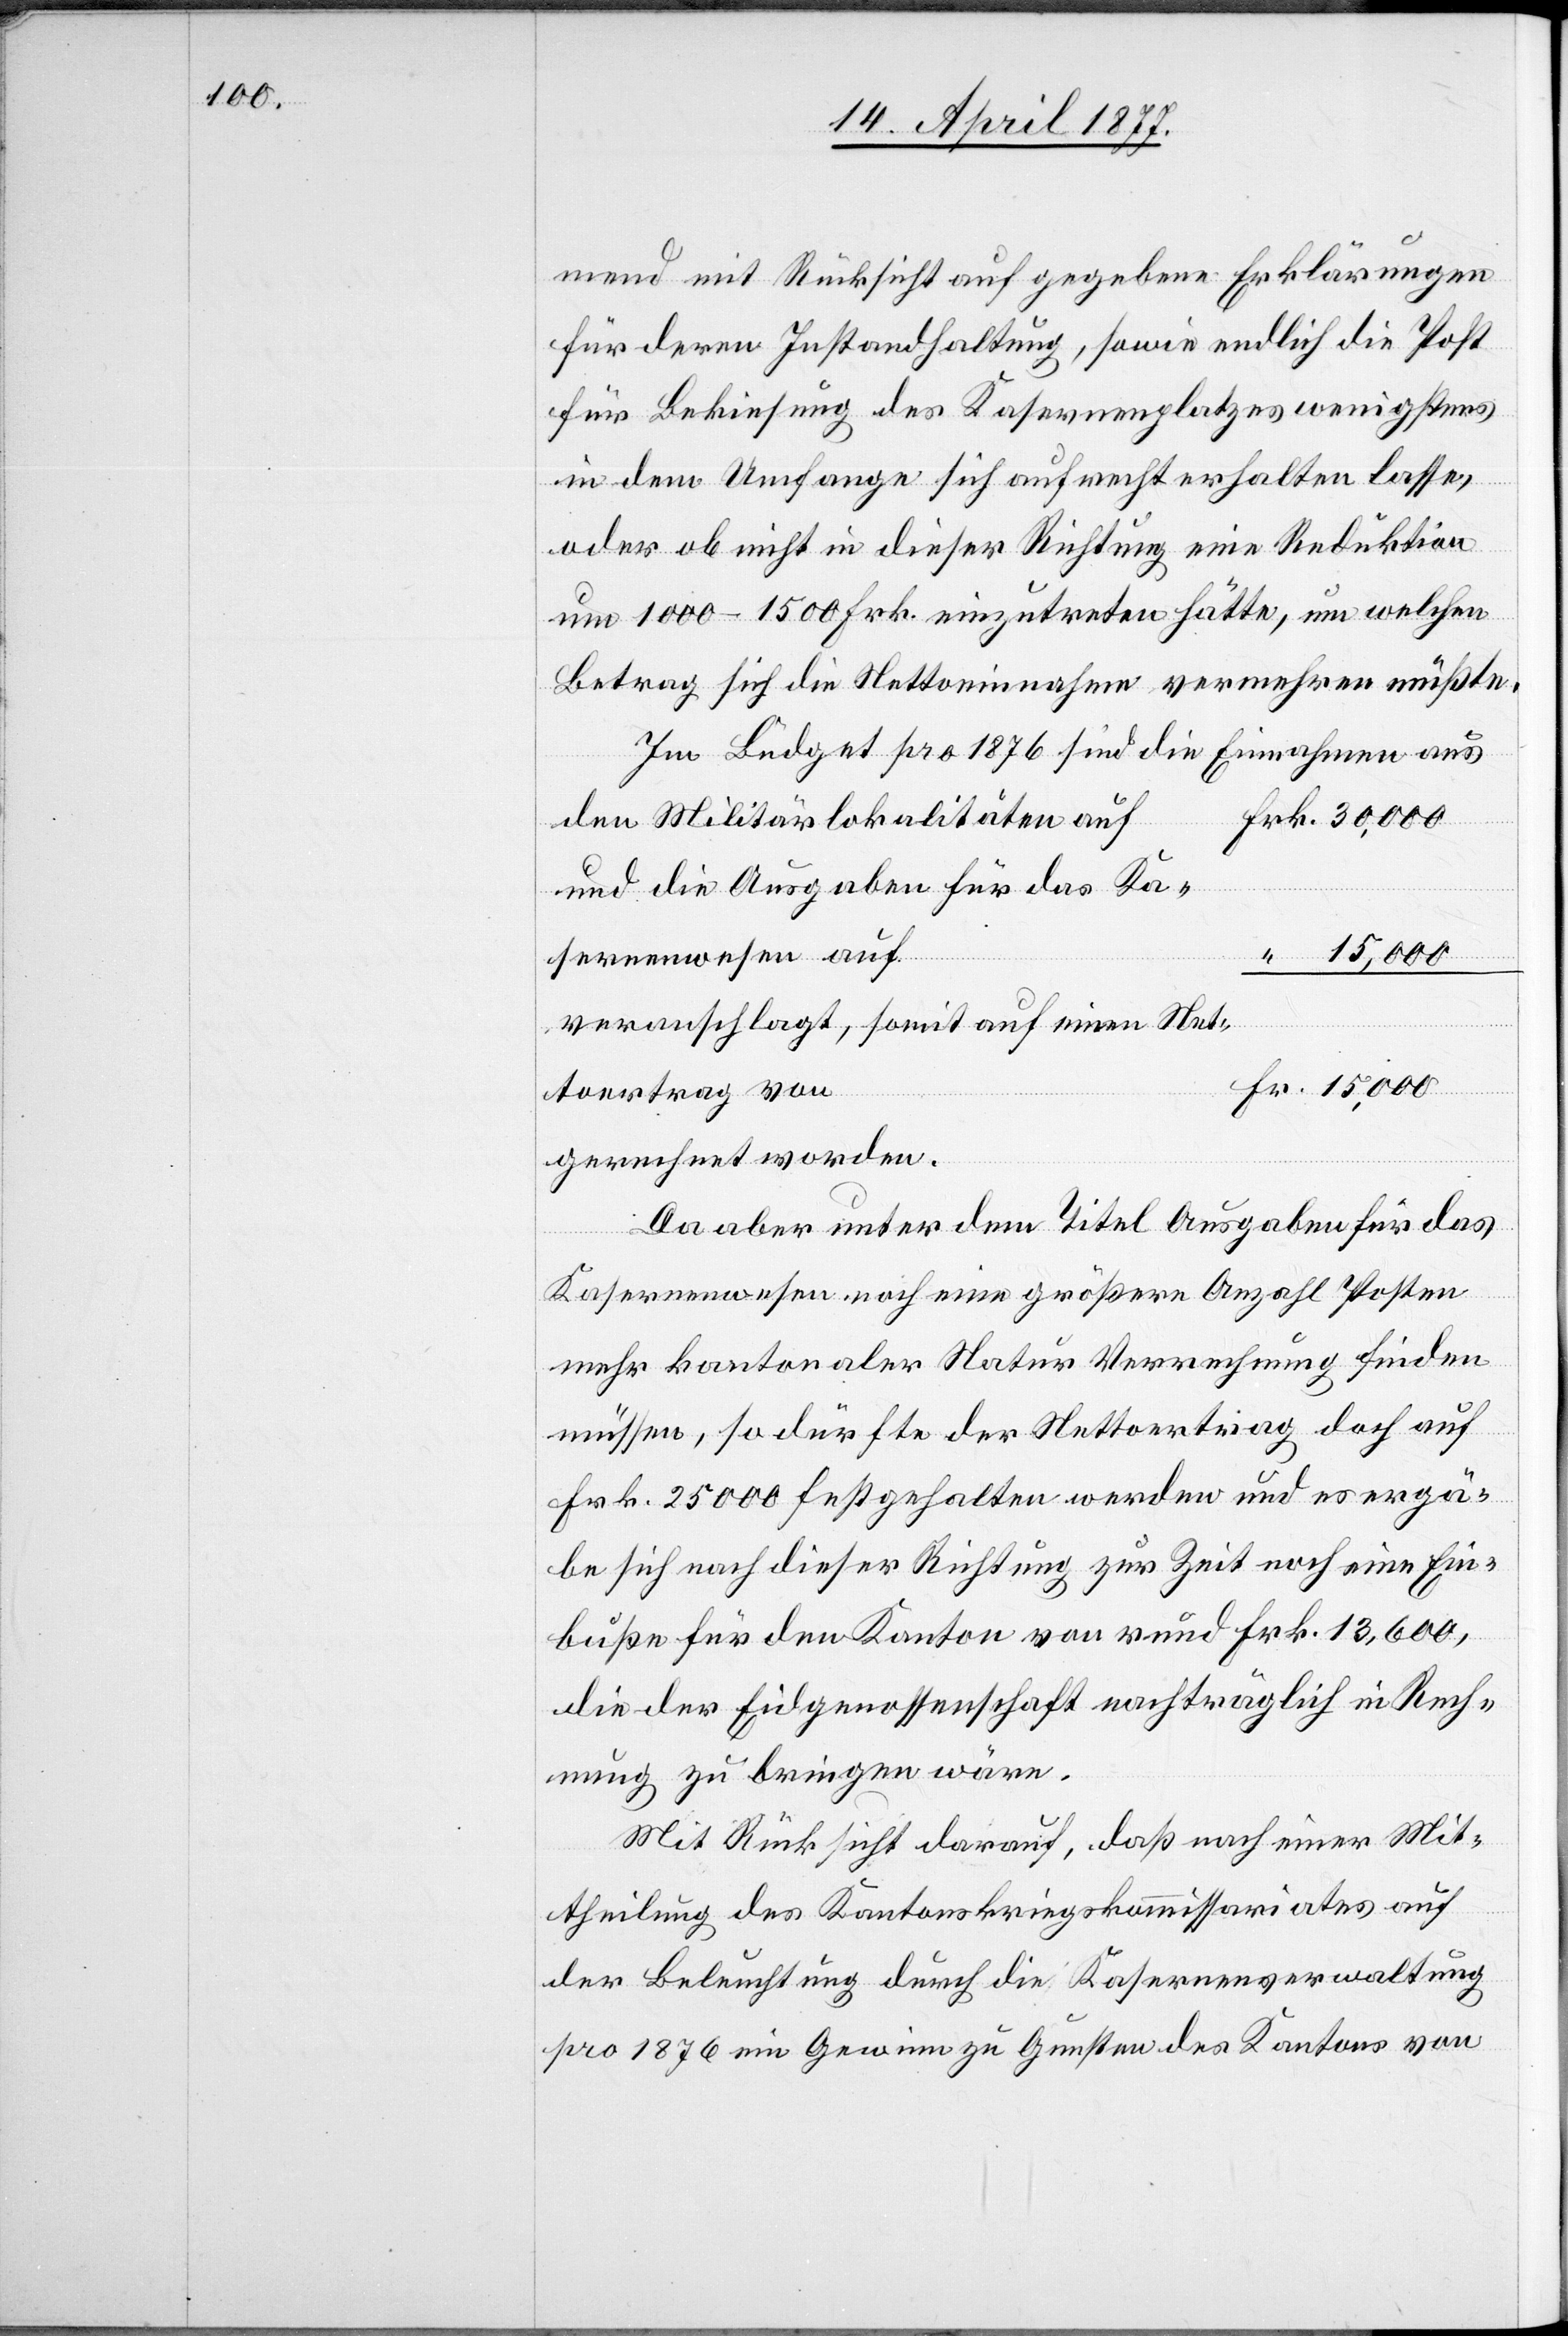
mend mit Rücksicht auf gegebene Erklärungen
für deren Instandhaltung, sowie endlich die Post
für Bekiesung des Kasernenplatzes wenigstens
in dem Umfange sich aufrecht erhalten lasse,
der ob nicht in dieser Richtung eine Reduktion
um 1000–1500 Frk. einzutreten hätte, um welchen
Betrag sich die Nettoeinnahme vermehren müßte.
Im Büdget pro 1876 sind die Einnahmen aus
den Militärlokalitäten auf
und die Ausgaben für das Ka¬
sernenwesen auf
Fr.
veranschlagt, somit auf einen Net¬
toertrag von
gerechnet worden.
Da aber unter dem Titel Ausgaben für das
Kasernenwesen noch eine größere Anzahl Posten
mehr kantonaler Natur Verrechnung finden
müssen, so dürfte der Nettoertrag doch auf
Frk. 25,000 festgehalten werden und es ergä¬
be sich nach dieser Richtung zur Zeit noch eine Ein¬
buße für den Kanton von rund Frk. 13,600,
die der Eidgenossenschaft nachträglich in Rech¬
nung zu bringen wäre.
Mit Rücksicht darauf, daß nach einer Mit¬
theilung des Kantonskriegskommissariates auf
der Beleuchtung durch die Kasernenverwaltung
pro 1876 ein Gewinn zu Gunsten des Kantons von